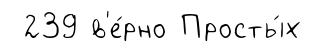
239 в'е́рно Просты́х